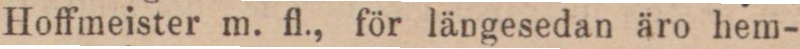
Hoffmeister m. fl., för längesedan äro hem-